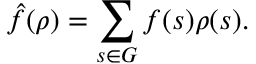
{ \hat { f } } ( \rho ) = \sum _ { s \in G } f ( s ) \rho ( s ) .